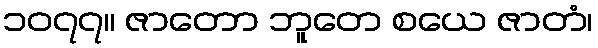
၁၀၇၇။ ဇာတော ဘူတေ စယေ ဇာတံ၊